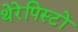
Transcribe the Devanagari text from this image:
थेरेपिस्टों